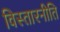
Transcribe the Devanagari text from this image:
विस्तारनीति